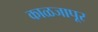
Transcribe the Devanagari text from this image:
काळजापूर